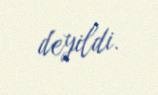
deyildi.